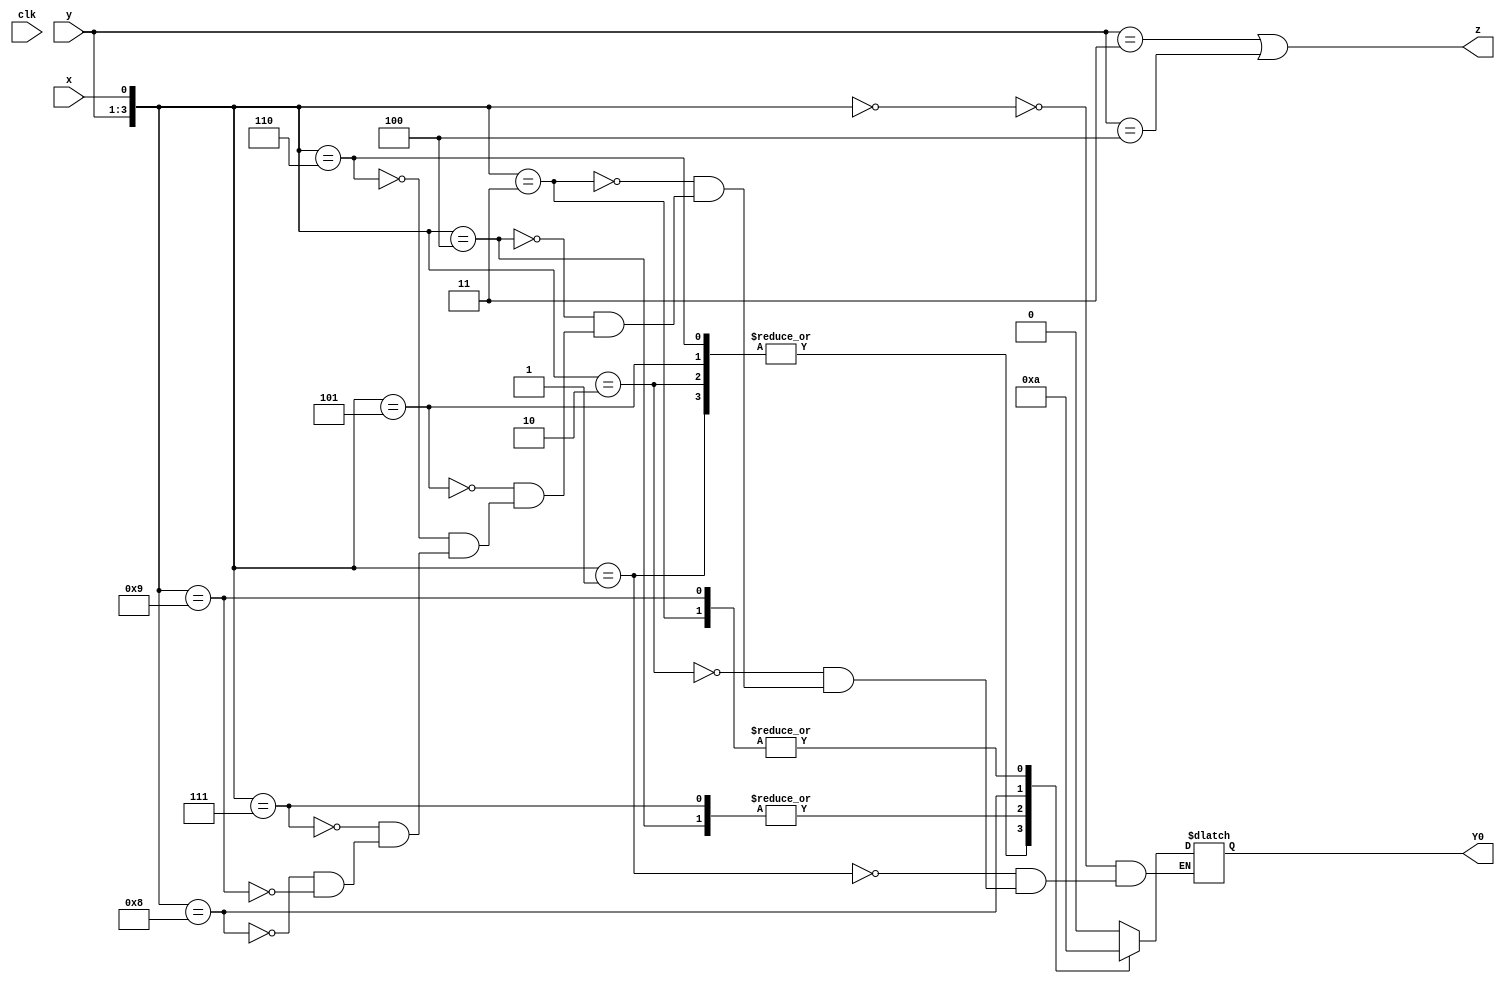
module top_module (
    input clk,
    input [2:0] y,
    input x,
    output Y0,
    output z
);

    reg [2:0] Y;
    
    always@(*) begin
        case({y, x})
            4'b0000:    Y = 3'b000;
            4'b0001:    Y = 3'b001;
            4'b0010:    Y = 3'b001;
            4'b0011:    Y = 3'b100;
            4'b0100:    Y = 3'b010;
            4'b0101:    Y = 3'b001;
            4'b0110:    Y = 3'b001;
            4'b0111:    Y = 3'b010;
            4'b1000:    Y = 3'b011;
            4'b1001:    Y = 3'b100;
        endcase
    end
    
    assign  z = (y == 3'b011 || y == 3'b100);
    assign Y0 = Y[0];

endmodule